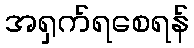
အရှက်ရစေရန်